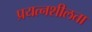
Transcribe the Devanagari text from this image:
प्रयत्नशीलता